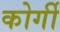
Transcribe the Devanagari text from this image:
कोर्गी